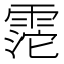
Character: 𩃱